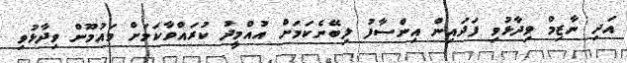
އަދި ނާޒިމް ވިދާޅުވި ފަދައިން އިންސާފު ލިބޭނެކަމަށް އުއްމީދު ކުރައްވާކަމަށް މައުމޫން ވިދާޅުވި